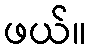
ဖယ်။